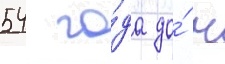
54 го́да до́ н